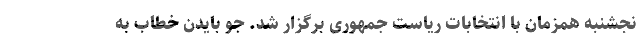
نجشنبه همزمان با انتخابات ریاست جمهوری برگزار شد. جو بایدن خطاب به